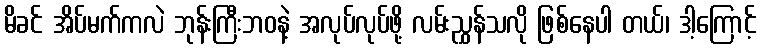
မိခင် အိပ်မက်ကလဲ ဘုန်းကြီးဘဝနဲ့ အလုပ်လုပ်ဖို့ လမ်းညွှန်သလို ဖြစ်နေပါ တယ်၊ ဒါ့ကြောင့်